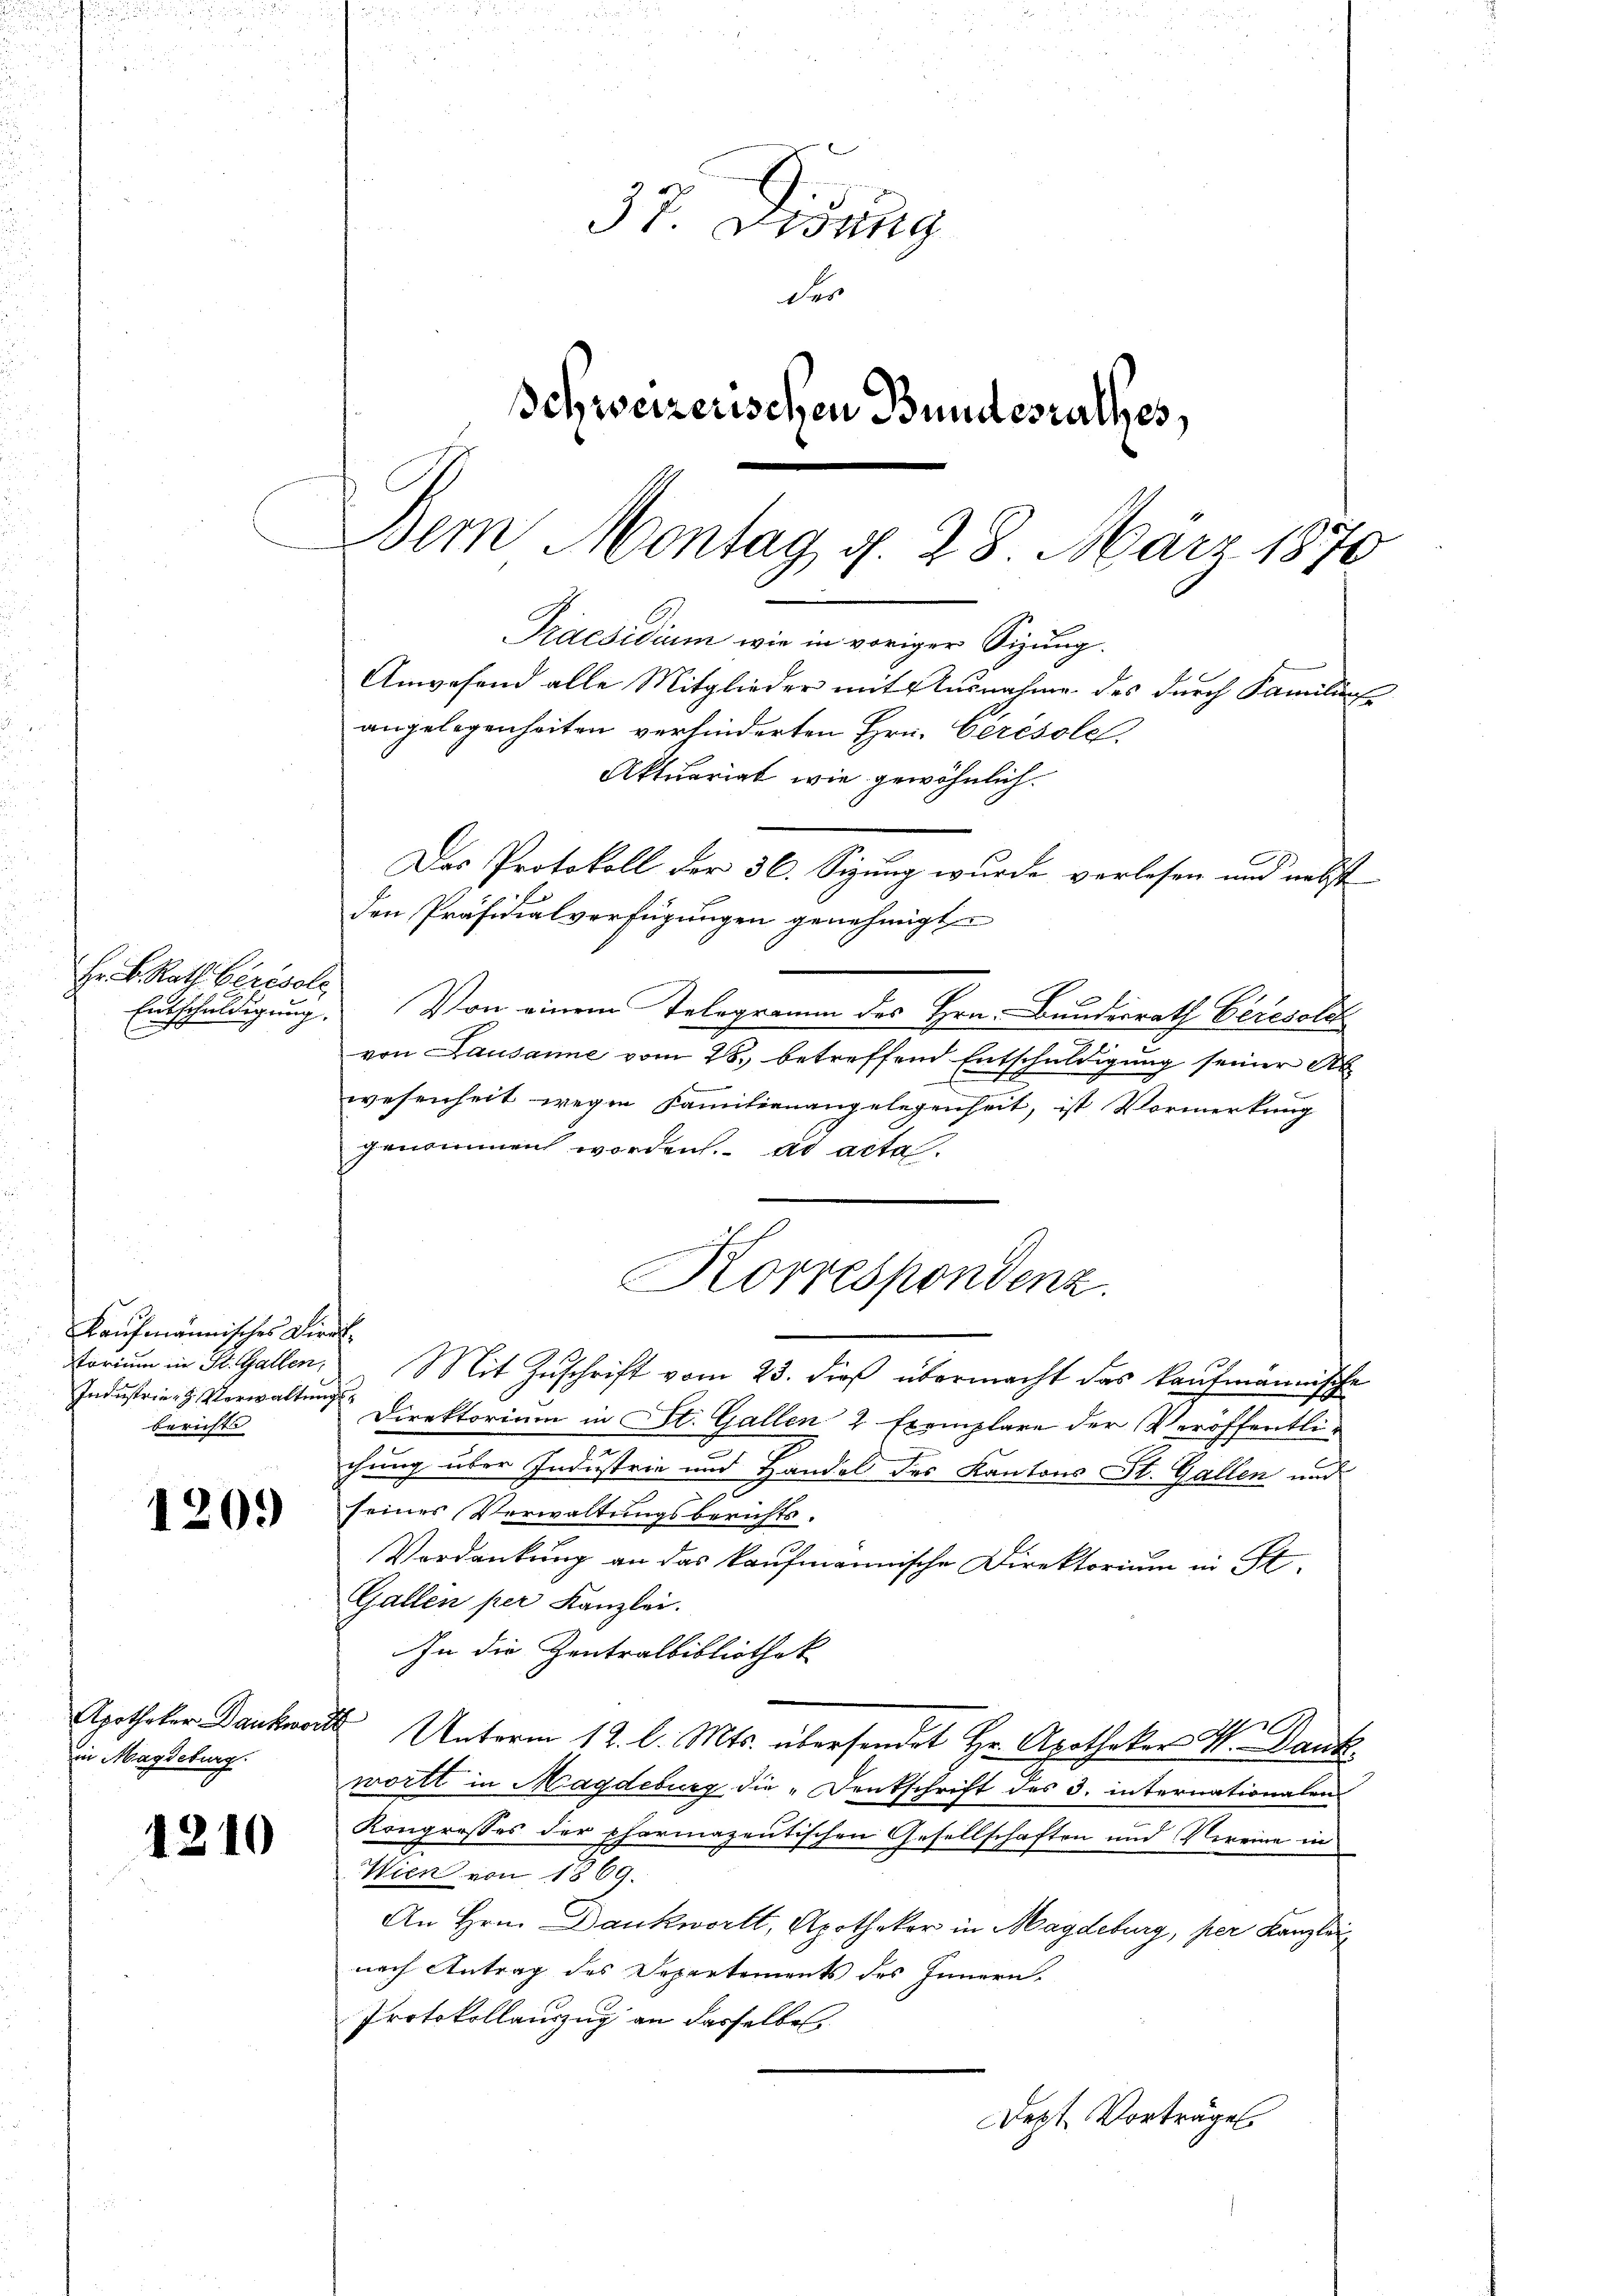
Hr. B. Rath berisole

kaufmännisches Direktorium in St. Gallen,
Industrie Verwaltungsberichte

1209

Ein Magdeburg.

1210

37 Didung
der
Schweizerischen Bundesrathes,
Dem Montag d. 28. März 1870
Praesidium wie in voriger Sizung.
Anwesend alle Mitglieder mit Ausnahme des durch Familiens
angelegenheiten verhinderten Hrn. Cerésole.
Aktuariat wie gewöhnlich.
Das Protokoll der 36. Sizung wurde verlesen und nebst

Entschuldigung. Von einem Telegramm des Hrn. Bundesrath Ceresold
von Lausanne vom 28. betreffend Entschuldigung seiner Ab
wesenheit wegen Familienangelegenheit, ist Vormerkung
genommen worden. ad acta.
Mit Zuschrift vom 23. dieß übermacht das kaufmännische
Direktorium in St. Gallen, 2 Exemplare der Veröffentlichung über Industrie und Handel des Kantons St. Gallen und
seines Verwaltungsberichts¬
Verdankung an das kaufmannische Direktorium in St.
Gallen per Kanzlei.
In die Zentralbibliothek
Apotheker Dankworte Unterm 12. l. Mts. übersendet Hr. Apotheker W. Dank.
wortt in Magdeburg die „Denkschrift des 3. internationalen
Kongrosses der pharmazentischen Gesellschaften und Vereine in
Wien von 1869.
An Hrn. Dankwort, Apothekar in Magdeburg, per Kanzlei
nach Antrag des Departements des Innern.
Protokollauszug an dasselbe,
ept Vorträge.

den Präsidialverfügungen genehmigten

Korrespondenz.